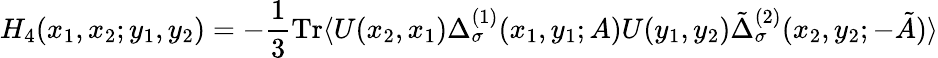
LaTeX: H_{4}(x_{1},x_{2};y_{1},y_{2})=-{\frac{1}{3}}\mathrm{Tr}\langle U(x_{2},x_{1})\Delta_{\sigma}^{(1)}(x_{1},y_{1};A)U(y_{1},y_{2})\tilde{\Delta}_{\sigma}^{(2)}(x_{2},y_{2};-\tilde{A})\rangle